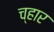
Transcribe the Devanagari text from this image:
च्हार